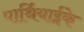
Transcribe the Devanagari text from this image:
पार्थियाईके